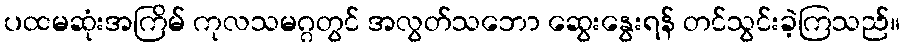
ပထမဆုံးအကြိမ် ကုလသမဂ္ဂတွင် အလွတ်သဘော ဆွေးနွေးရန် တင်သွင်းခဲ့ကြသည်။